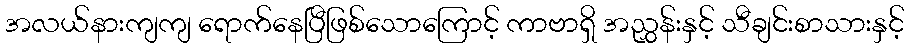
အလယ်နားကျကျ ရောက်နေပြီဖြစ်သောကြောင့် ကာဗာရှိ အညွှန်းနှင့် သီချင်းစာသားနှင့်